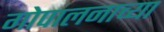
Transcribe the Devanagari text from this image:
गोपालनाच्या